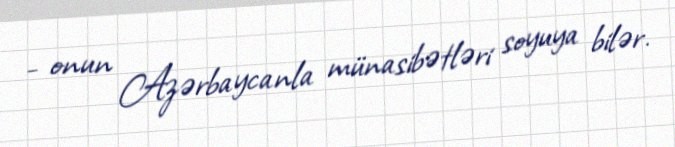
- onun Azərbaycanla münasibətləri soyuya bilər.